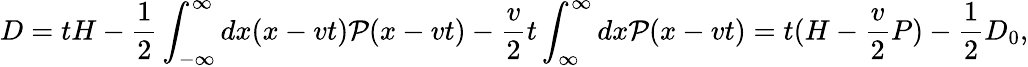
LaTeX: D=tH-\frac{1}{2}\int_{-\infty}^{\infty}dx(x-vt){\cal P}(x-vt)-\frac{v}{2}t\int_{\infty}^{\infty}dx{\cal P}(x-vt)=t(H-\frac{v}{2}P)-\frac{1}{2}D_{0},